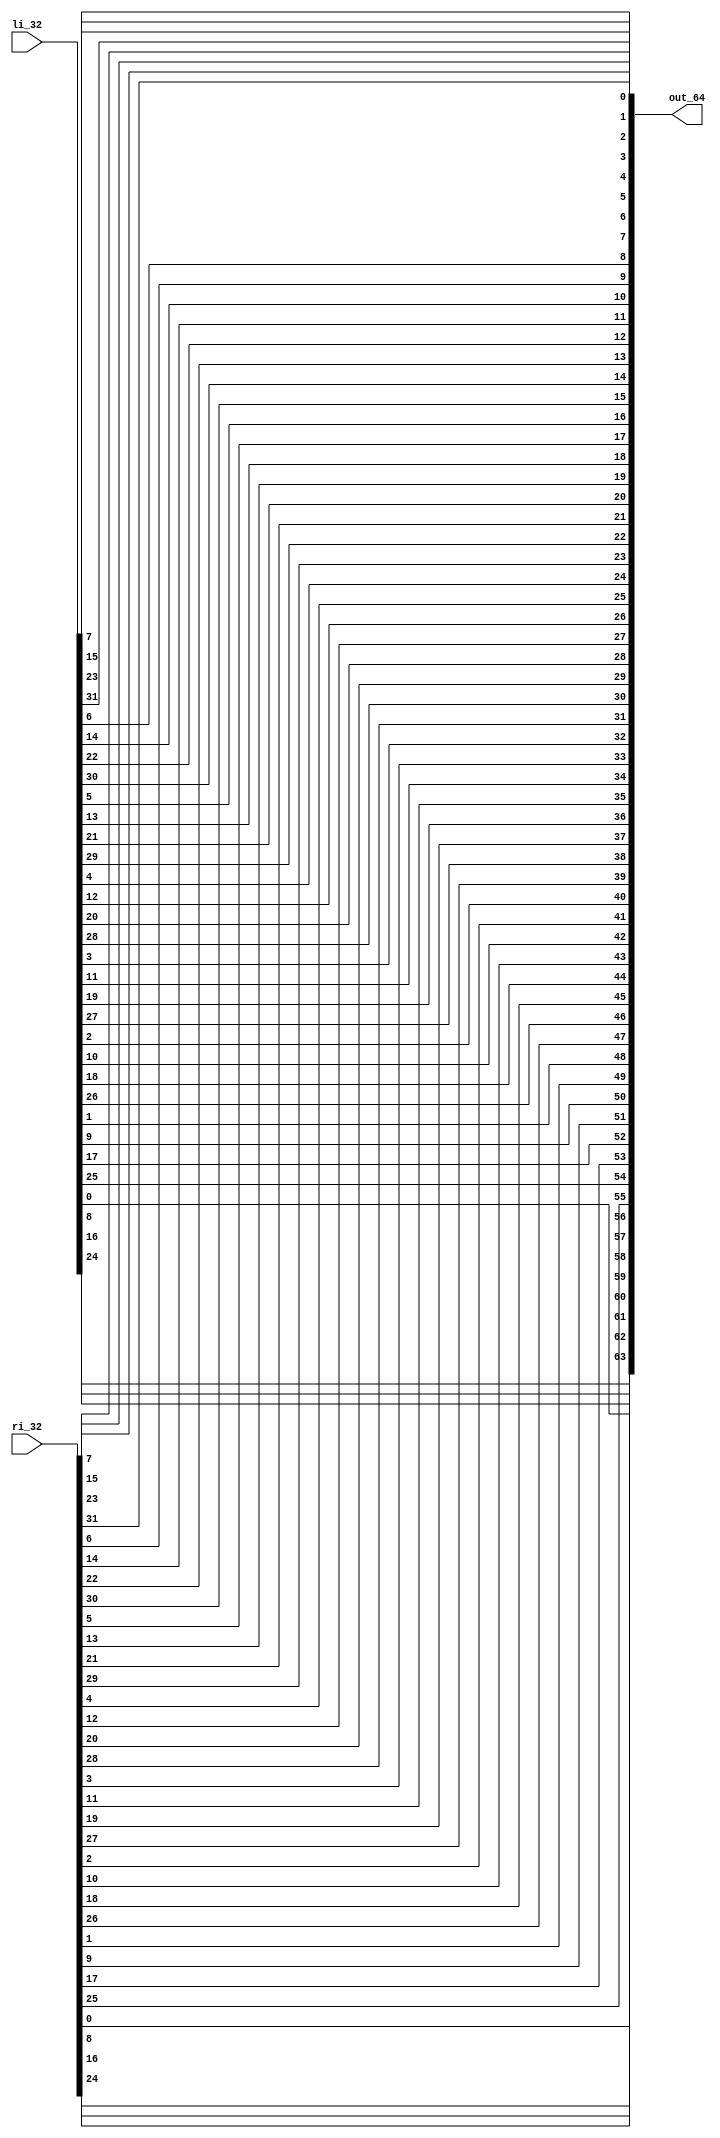
/**************************************************************************************
*   Name        :des_fp.v
*   Description :DES IP,part of des_top.v 
*                164,
*   Origin      :20181228
**************************************************************************************/
module des_fp
(
    input   wire [1:32] li_32,
    input   wire [1:32] ri_32,
    output  wire [1:64] out_64
);
wire [1:64]in_64 ;
assign in_64 = {li_32,ri_32};
assign out_64 = {
in_64[40], in_64[8], in_64[48], in_64[16], in_64[56], in_64[24], in_64[64], in_64[32], 
in_64[39], in_64[7], in_64[47], in_64[15], in_64[55], in_64[23], in_64[63], in_64[31], 
in_64[38], in_64[6], in_64[46], in_64[14], in_64[54], in_64[22], in_64[62], in_64[30], 
in_64[37], in_64[5], in_64[45], in_64[13], in_64[53], in_64[21], in_64[61], in_64[29], 

in_64[36], in_64[4], in_64[44], in_64[12], in_64[52], in_64[20], in_64[60], in_64[28], 
in_64[35], in_64[3], in_64[43], in_64[11], in_64[51], in_64[19], in_64[59], in_64[27], 
in_64[34], in_64[2], in_64[42], in_64[10], in_64[50], in_64[18], in_64[58], in_64[26], 
in_64[33], in_64[1], in_64[41], in_64[9],  in_64[49], in_64[17], in_64[57], in_64[25]

};
endmodule